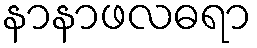
နာနာဖလဓရာ